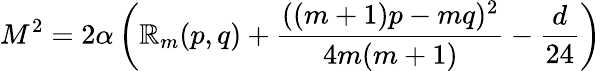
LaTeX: M^{2}=2\alpha\left(\mathbb{R}_{m}(p,q)+{\frac{{((m+1)p-mq)^{2}}}{{4m(m+1)}}}-{\frac{{d}}{{24}}}\right)